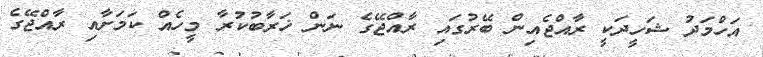
އަހްމަދު ޝަހީދަކީ ރާއްޖެއިން ބޭރުގައި ރާއްޖޭގެ ނަން ޚަރާބުކުރާ މީހެއް ކަމަށާއި ރާއްޖޭގެ